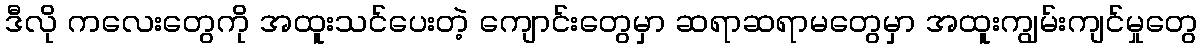
ဒီလို ကလေးတွေကို အထူးသင်ပေးတဲ့ ကျောင်းတွေမှာ ဆရာဆရာမတွေမှာ အထူးကျွမ်းကျင်မှုတွေ